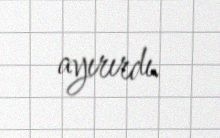
ayırırdı.